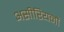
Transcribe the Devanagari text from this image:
असीरियनों